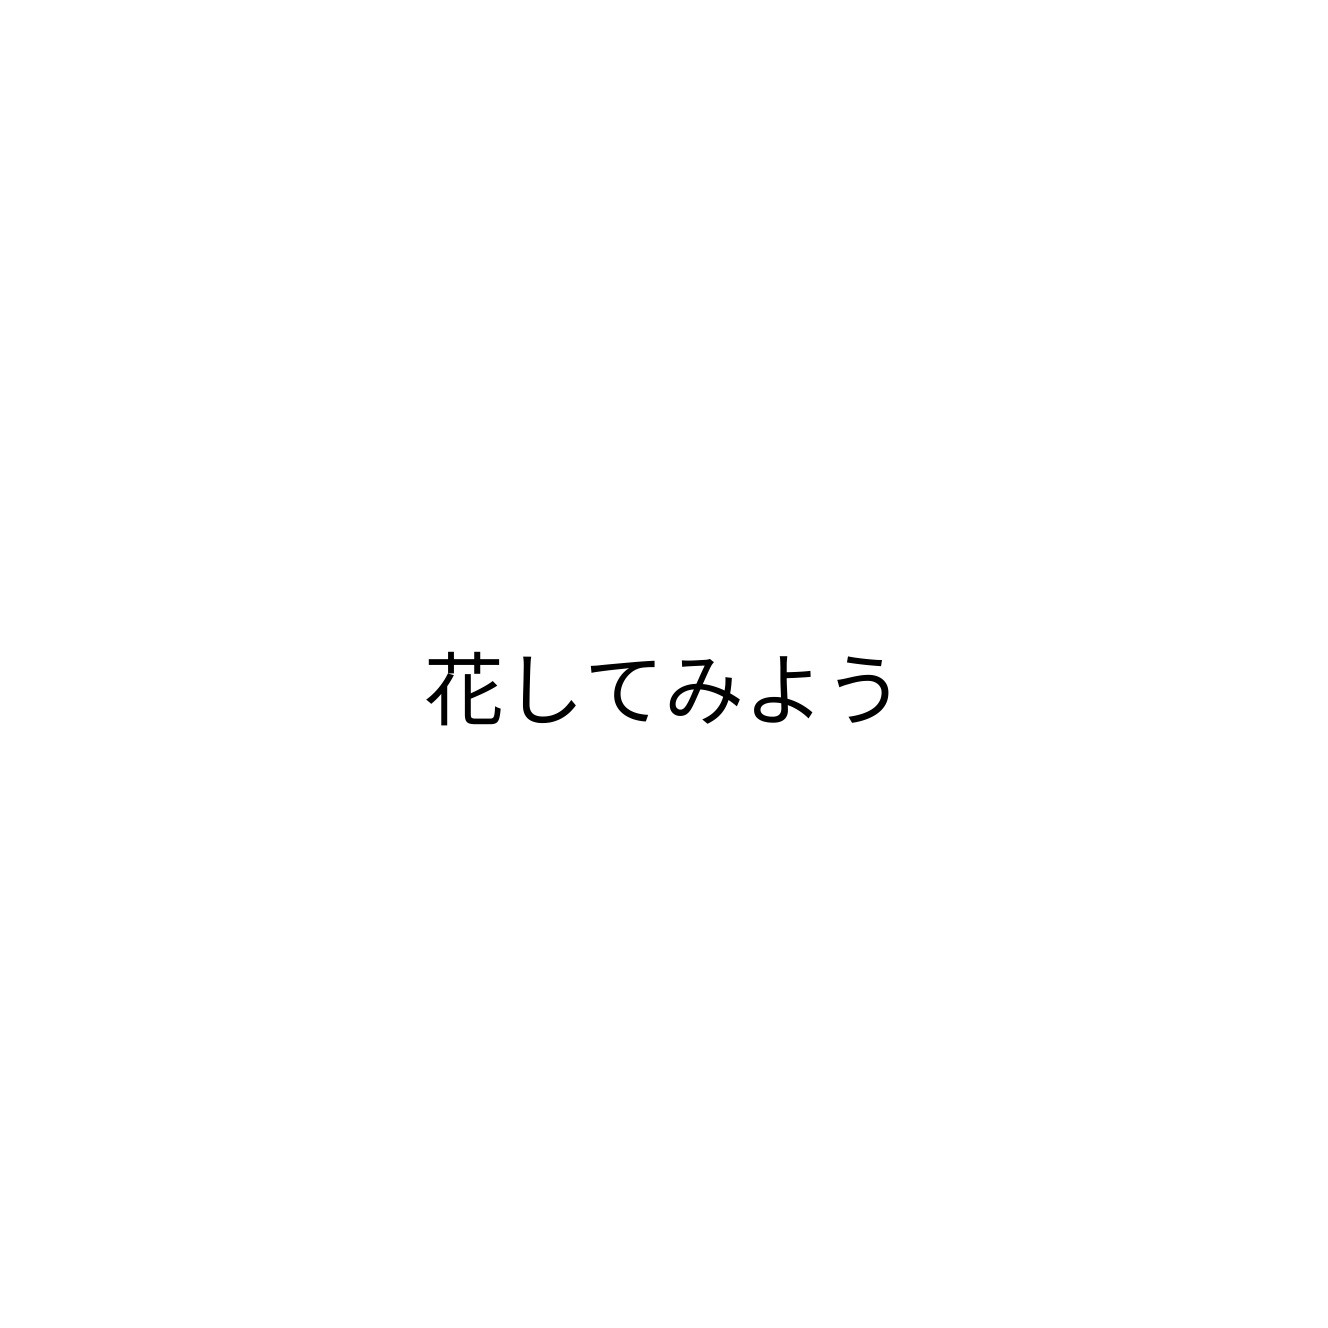
花してみよう